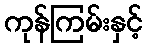
ကုန်ကြမ်းနှင့်